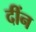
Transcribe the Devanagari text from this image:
दींन